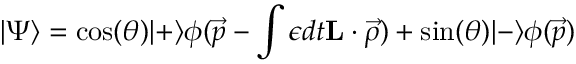
| \Psi \rangle = \cos ( \theta ) | + \rangle \phi ( \vec { p } - \int \epsilon d t { \bf L } \cdot \vec { \rho } ) + \sin ( \theta ) | - \rangle \phi ( \vec { p } )